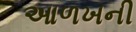
આળખની